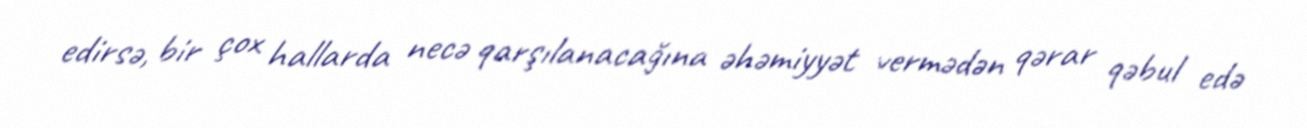
edirsə, bir çox hallarda necə qarşılanacağına əhəmiyyət vermədən qərar qəbul edə